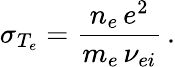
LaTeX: \sigma_{T_{e}}=\frac{n_{e}\, e^{2}}{m_{e}\, \nu_{ei}}\, .